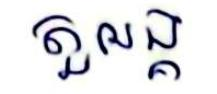
តួអង្គ